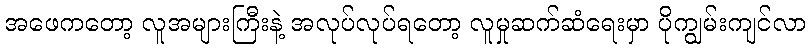
အဖေကတော့ လူအများကြီးနဲ့ အလုပ်လုပ်ရတော့ လူမှုဆက်ဆံရေးမှာ ပိုကျွမ်းကျင်လာ